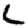
Digit: 2